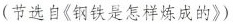
(节选自《钢铁是怎样炼成的》)